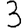
Digit: 3